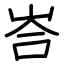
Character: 峇